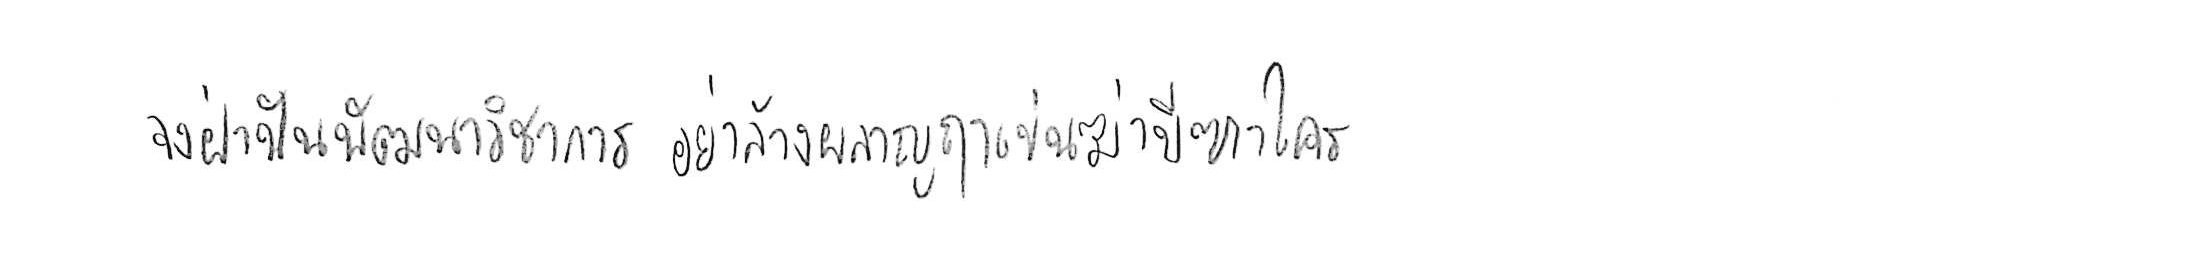
จงฝ่าฟันพัฒนาวิชาการ อย่าล้างผลาญฤๅเข่นฆ่าบีฑาใคร